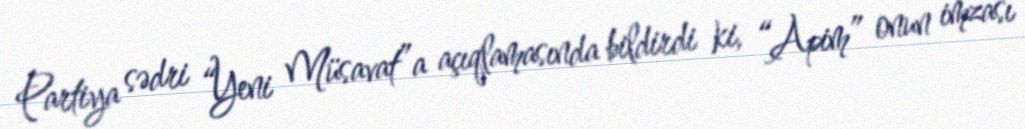
Partiya sədri “Yeni Müsavat”a açıqlamasında bildirdi ki, “Apim” onun imzası